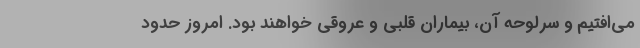
می‌افتیم و سرلوحه آن، بیماران قلبی و عروقی خواهند بود. امروز حدود